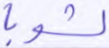
لشوبا